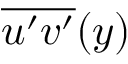
\overline { { u ^ { \prime } v ^ { \prime } } } ( y )